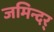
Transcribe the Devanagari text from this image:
जमिन्दर्